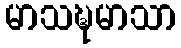
မာသဍ္ဎမာသာ